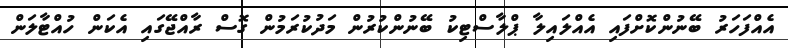
އެއްފަހަރު ބޭނުންކޮށްފައި އެއްލައިލާ ޕްލާސްޓިކު ބޭނުންކުރުން މަދުކުރަމުން ގޮސް ރާއްޖޭގައި އެކަން ހުއްޓާލަން